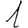
Digit: 1